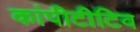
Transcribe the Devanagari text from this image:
कांपीटीटिव